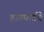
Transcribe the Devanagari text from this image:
हातघाईचे